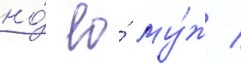
но́ ео́ му́ж /